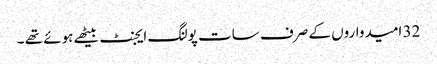
32 امیدواروں کے صرف سات پولنگ ایجنٹ بیٹھے ہوئے تھے ۔